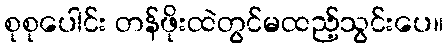
စုစုပေါင်း တန်ဖိုးထဲတွင်မထည့်သွင်းပေ။